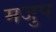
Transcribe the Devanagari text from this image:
मजुप